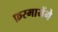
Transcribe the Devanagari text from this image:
फ़रमायेंगे